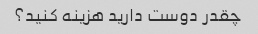
چقدر دوست دارید هزینه کنید؟